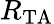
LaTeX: R_{\mathrm{TA}}